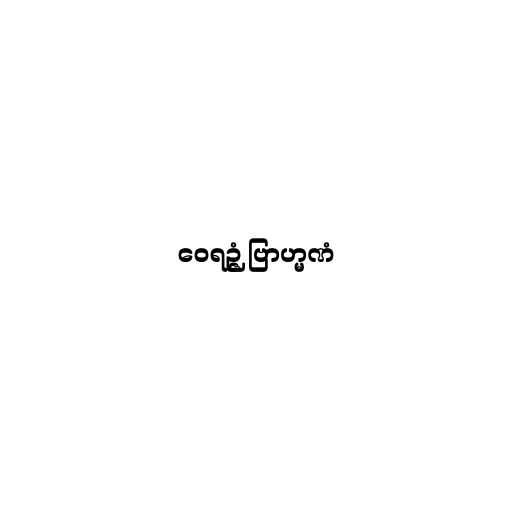
ဝေရဉ္ဇံ ဗြာဟ္မဏံ